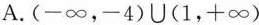
A.$$(-\infty，-4)\cup (1，+\infty)$$